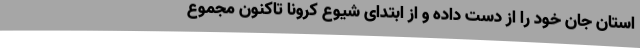
استان جان خود را از دست داده و از ابتدای شیوع کرونا تاکنون مجموع